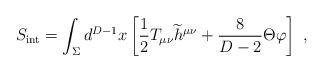
LaTeX: \begin{align*} S_{\rm {\small int}}=\int_\Sigma d^{D-1} x \left[{1\over 2} T_{\mu\nu}{\widetilde h}^{\mu\nu}+{8\over{D-2}}\Theta\varphi\right]~,\end{align*}